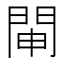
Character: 𨴁